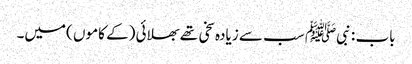
باب : نبیﷺ سب سے زیادہ سخی تھے بھلائی (کے کاموں )میں۔